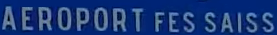
AEROPORT FES SAISS